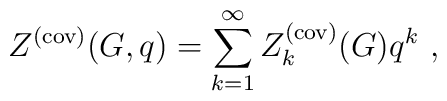
Z^{(\rm cov)}(G,q) = \sum_{k=1}^{\infty} Z_k^{(\rm cov)}(G) q^k~,